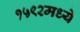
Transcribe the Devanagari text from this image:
१५९२मध्ये